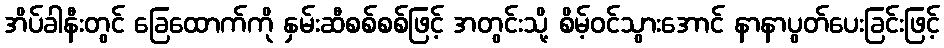
အိပ်ခါနီးတွင် ခြေထောက်ကို နှမ်းဆီစစ်စစ်ဖြင့် အတွင်းသို့ စိမ့်ဝင်သွားအောင် နာနာပွတ်ပေးခြင်းဖြင့်